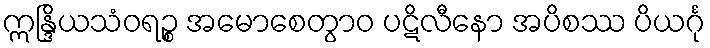
ဣန္ဒြိယသံဝရဉ္စ အမောစေတွာဝ ပဋိလီနော အပိစဿ ပိယင်္ဂု